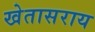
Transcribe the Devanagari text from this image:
खेतासराय